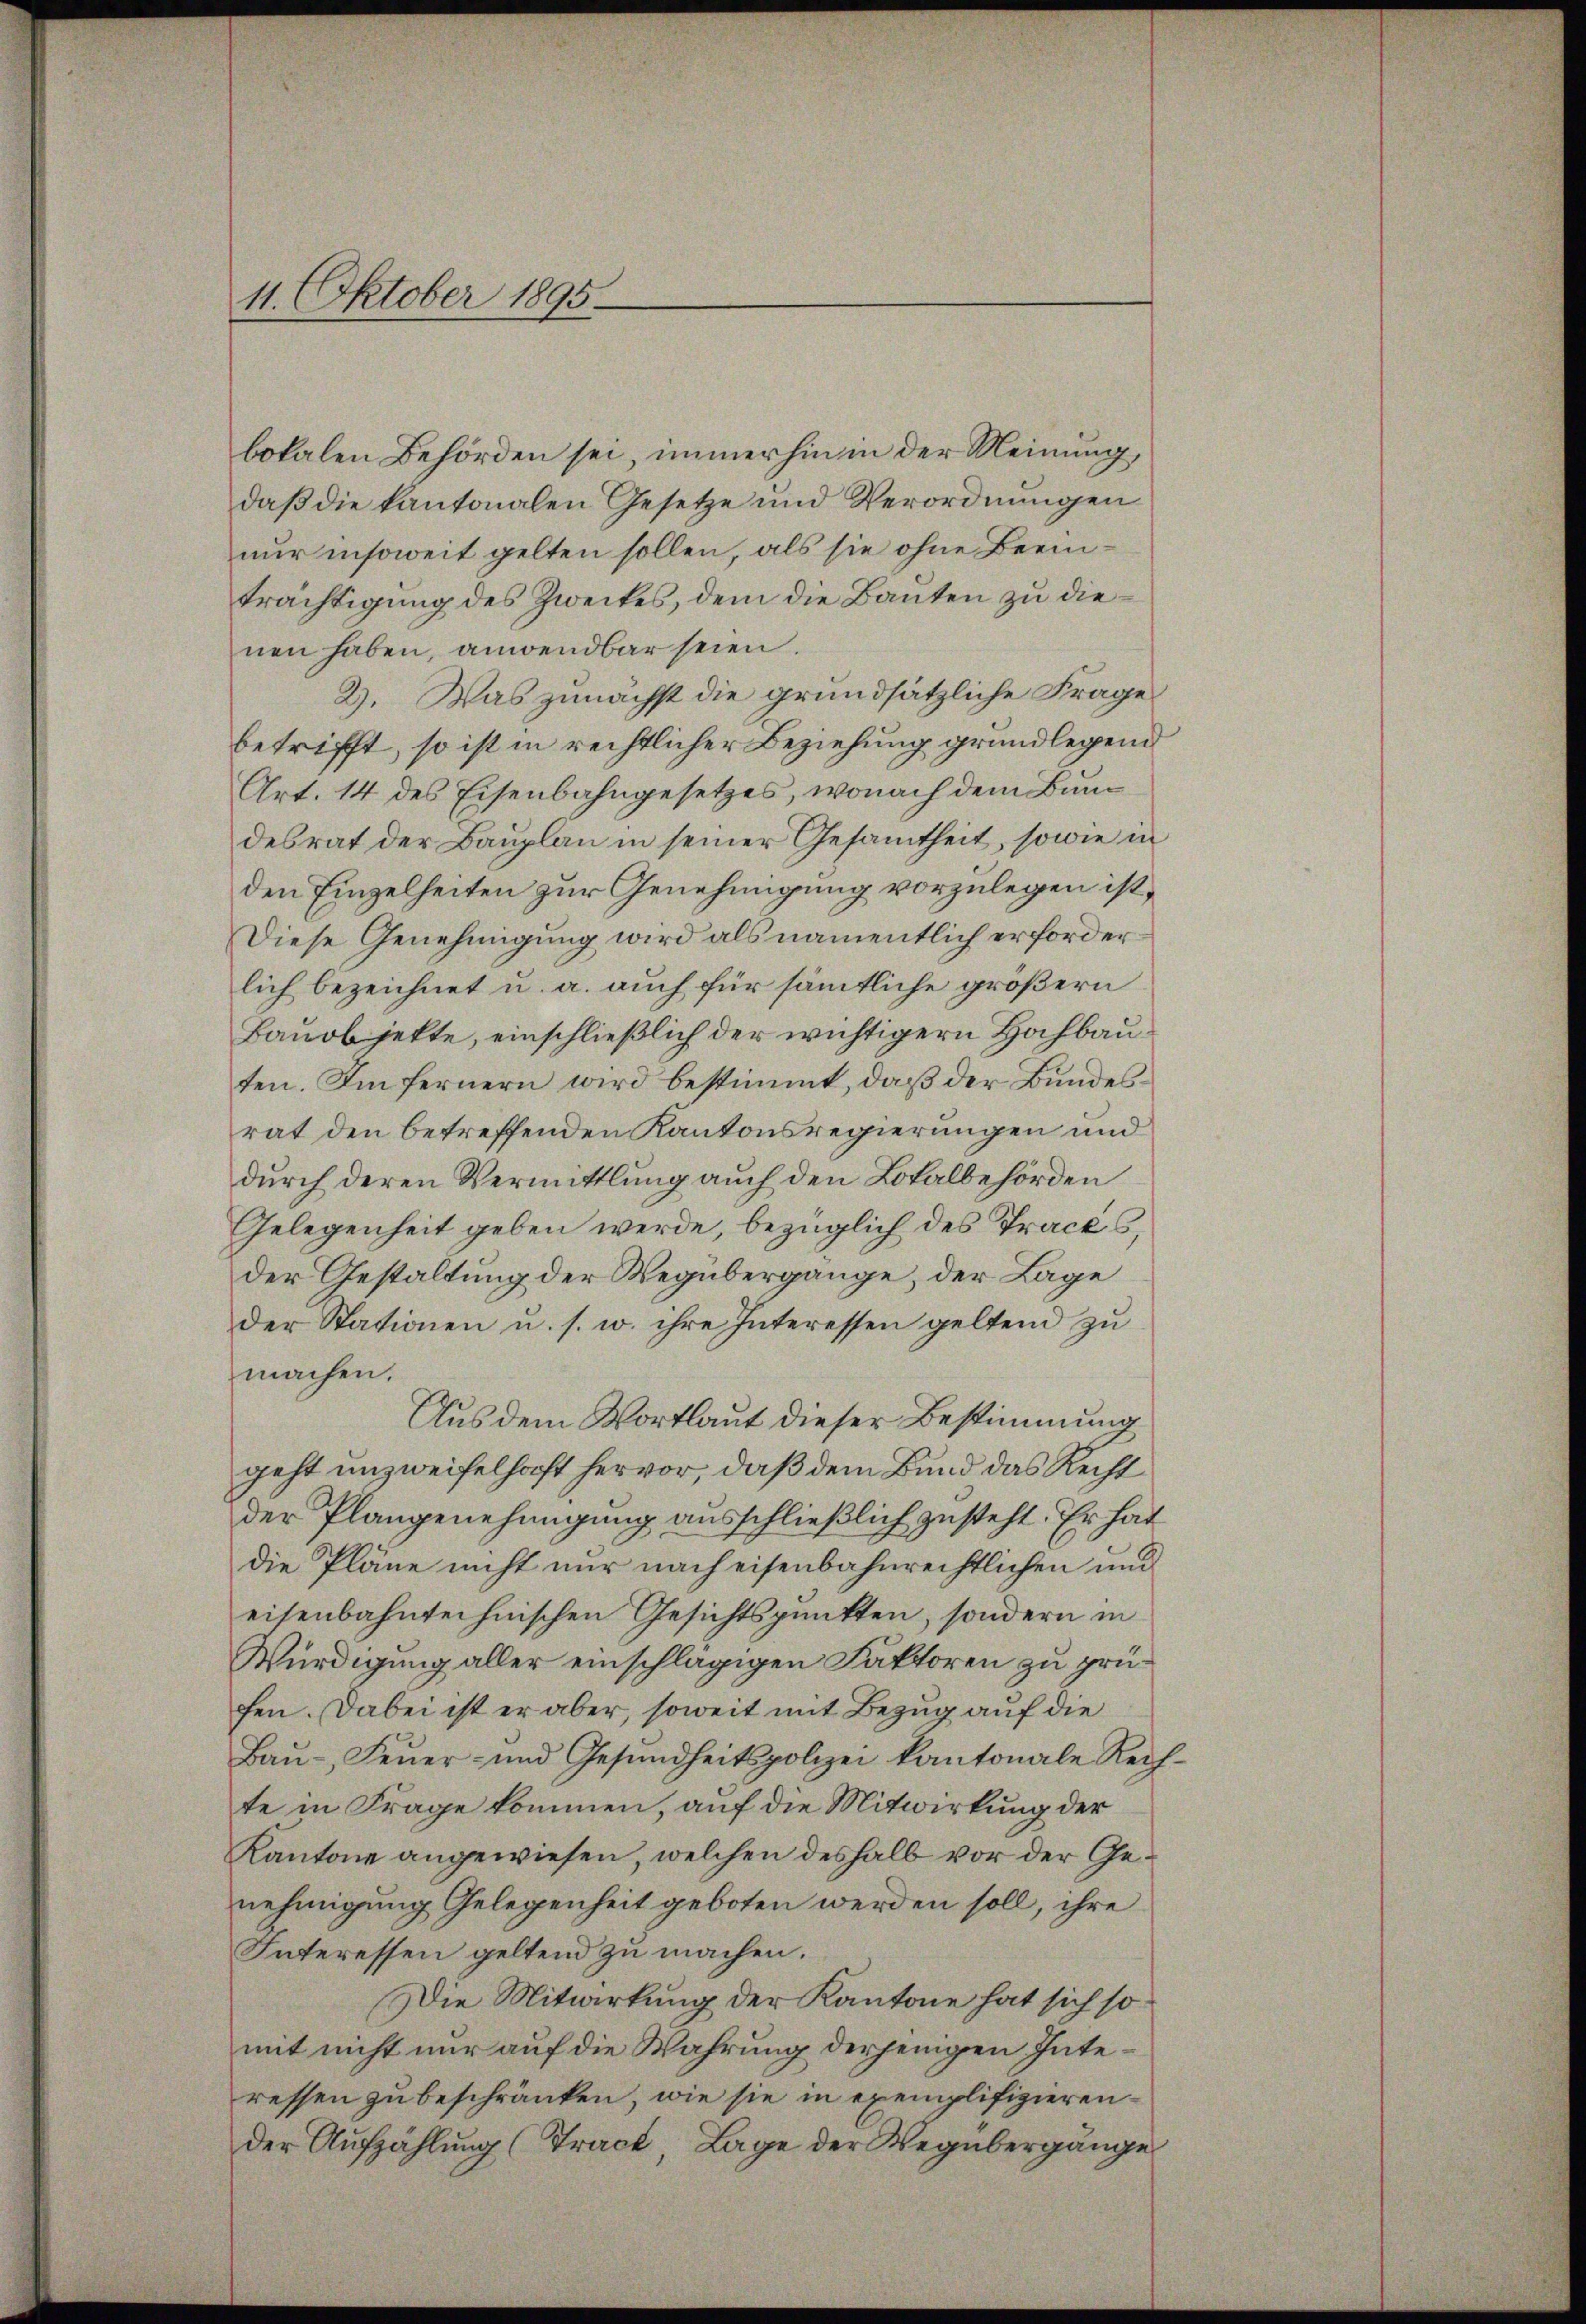
11. Oktober 1895.

bokalen Behörden sei, immerhin in der Meinung,
daβ die kantonalen Gesetze und Verordnŭngen
nur insoweit gelten sollen, als sie ohne Beeinträchtigung des Zweckes, dem die Bauten zu dienen haben, anwendbar seien.
2). Was zunächst die grundsätzliche Frage
betrifft, so ist in rechtlicher Beziehung grundlegen
Art. 14 des Eisenbahngesetzes, wonach dem Bundesrat der Bauplan in seiner Gesamtheit, sowie in
den Einzelheiten zur Genehmigung vorzulegen ist,
Diese Genehmigung wird als namentlich erforderlich bezeichnet u. a. auch für sämmtliche größern
Banobjekte, einschließlich der wichtigern Hochbauten. Im fernern wird bestimmt, daß der Bundesrat den betreffenden Kantonsregierungen und
durch deren Vermittlung auch den Lokalbehörden
Gelegenheit geben werde, bezüglich des Tracks,
der Gestaltung der Wegübergange, der Lage
der Stationen u. s. w. ihre Interessen geltend zu
machen.
Aus dem Wortlaut dieser Bestimmung
geht unzweifelhaft hervor, daß dem Bund das Recht
der Plangenehmigung ausschließlich zusteht. Er hat
die Pläne nicht nur nach eisenbahnrechtlichen und
eisenbahntechnischen Gesichtspunkten, sondern in
Würdigung aller einschlägigen Faktoren zu prüfen. Dabei ist er aber, soweit mit Bezug auf die
Baŭ- Feŭer- und Gesŭndheitspolizei kantonale Rech-
te in Frage kommen, auf die Mitwirkung der
Kantone angewiesen, welchen deshalb vor der Genehmigung Gelegenheit geboten werden soll, ihre
Interessen geltend zu machen.
Die Mitwirkung der Kantone hat sich somit nicht nur auf die Wahrung derjenigen Interessen zu beschränken, wie sie in exemplifizierender Aufzählung (Tract, Lage der Wegübergänge